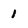
Character: 1